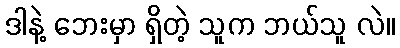
ဒါနဲ့ ဘေးမှာ ရှိတဲ့ သူက ဘယ်သူ လဲ။